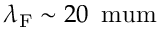
\lambda _ { \mathrm { F } } \sim 2 0 \, \mathrm { \ m u m }